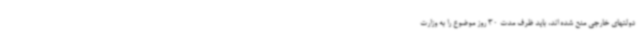
دولتهای خارجی منع شده اند، باید ظرف مدت 30 روز موضوع را به وزارت